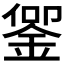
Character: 𬫜